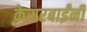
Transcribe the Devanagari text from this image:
केसरबाईंनी